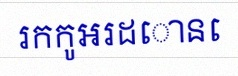
រកកូអរដោនេ